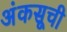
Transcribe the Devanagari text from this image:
अंकसूची